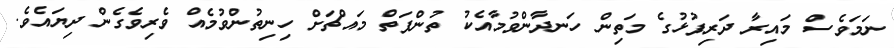
ނަމަވެސް މައިރާ ދަރިފުޅުގެ މަތިން ހަނދާންވުމާއެކު ތުންފަތް މައްޗަށް ހިނިތުންވުމެއް ވެރިވެގެން ދިޔައެވެ.